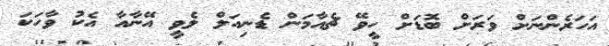
އަހަރެންނަށް ވަރަށް ބޮޑަށް ހީވޭ ޗެއާމަން ޑެނިއަލް ލެވީ އޭނާއާ އެކު ވާހަކަ